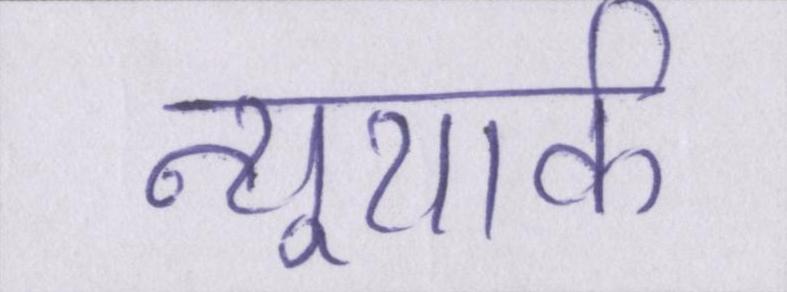
न्यूयार्क